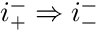
i _ { + } ^ { - } \Rightarrow i _ { - } ^ { - }